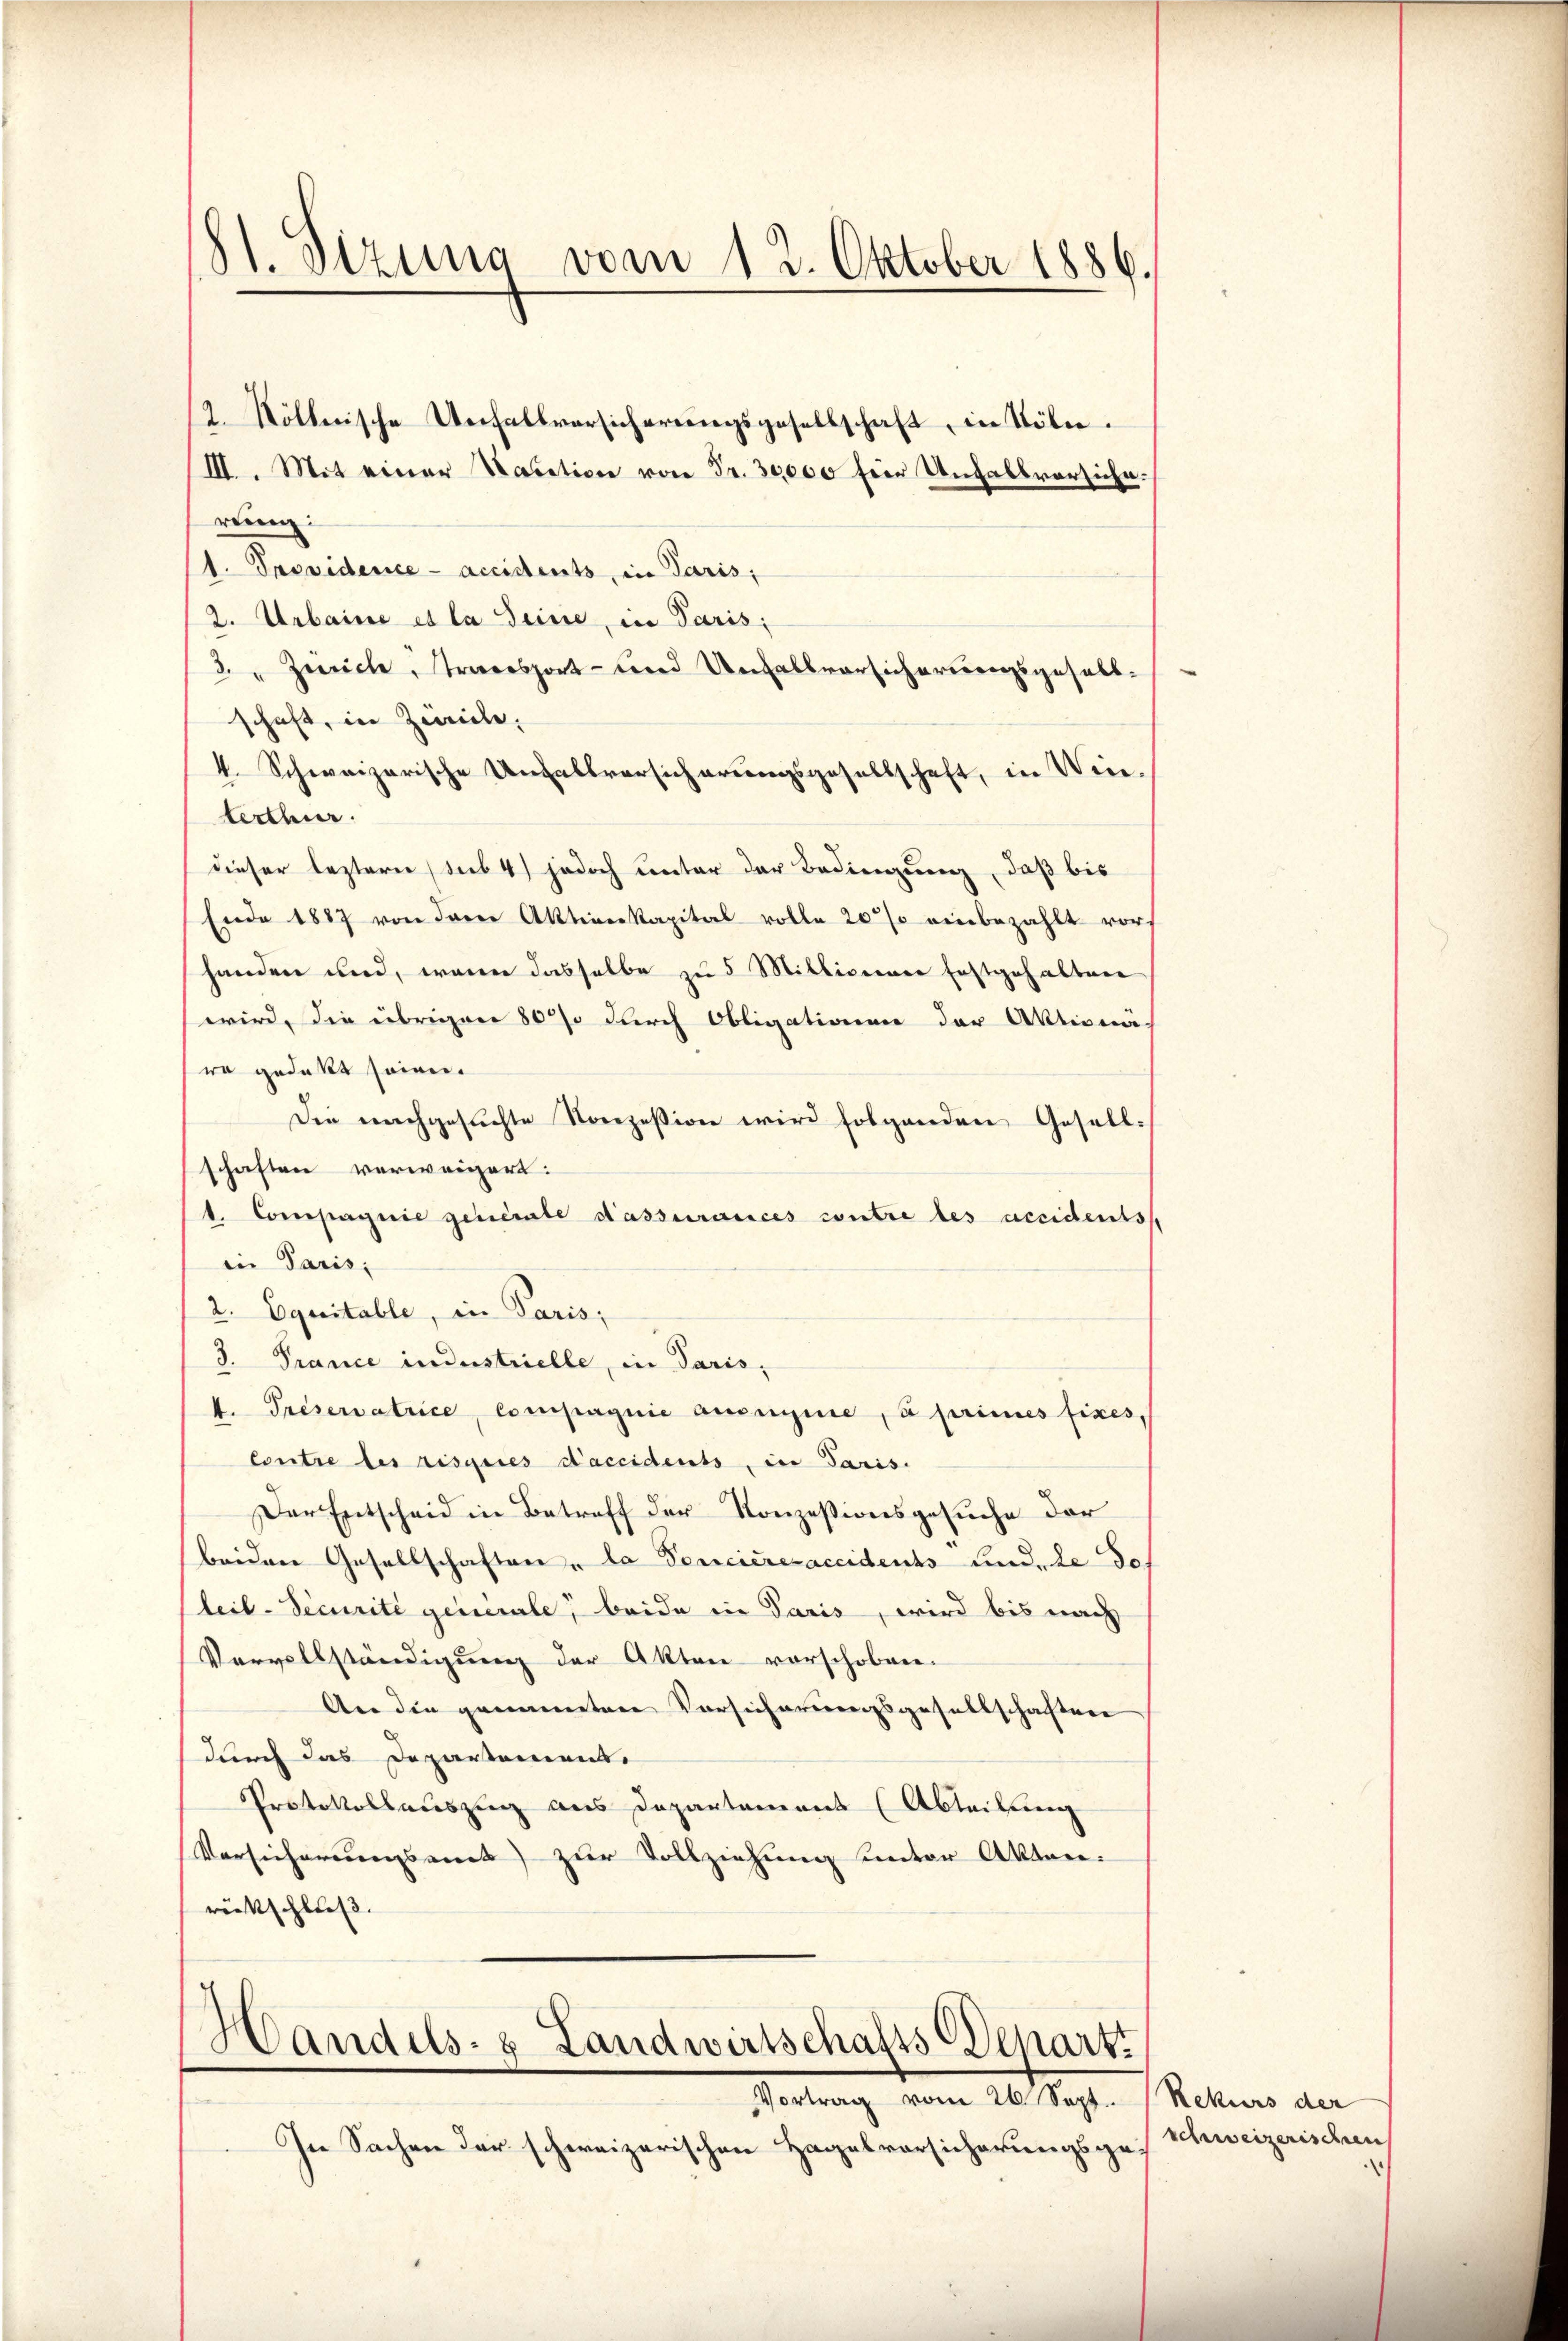
81. Sizung vom 12. Oktober 1886.

III. Mit einer Nation von Fr. 30,000 für Unfallversiche.
ren:
1. Providence - accidents, in Paris,
2. Urbaine es la Seine, in Paris;
3. " Zürche, Transport- und Unfallvorsicherungsgesellschaft, in Zivile,
4. Schweizerische Unfallversicherungsgesellschaft, in Win-
lerthur.
dieser leztere (sub. 4) jedoch unter der Bedingung, daß bis
Ende 1887 von derer Aktiverkapital volle 20 % einbezahlt vor,
handen und, wenn dasselbe zu 5 Milligener festgehalten
wird, die übrigen 800 durch Obligationen der Aktionä
ro gedeckt seien.
Die nachgesuchte Konzession wird folgenden Gesellschaften verweigert:
1. Compagnie generate dassurances contre les accidents
in Paris;
2. Equitable, in Paris;
3. France industrielle, in Paris,
k. Preservatrice, compagnie auseignie, à primes fixes,
Contre les risques Saccidents, in Paris.
Der Entscheid in Betreff der Konzessionsgesuche der
beiden Gesellschaften, da Percierevaccidents und, Le do
Leil-Securite generale, beide in Paris, wird bis nach
Vervollständigung der Akten vorschoben.
An die geometere Vorsicherungsgesellschaften
durch das Departement.
Protokollauszug aus Departament (Abteilung
Versicherungsamt zur Vollziehung unter Akten:
rückschluß.

/2. Söllnische Unfallversicherungsgesellschaft, in Köln.

Handels- Landwirtschafts Departi
Vortrag vom 26. Sept. Rekurs der

In Sachen der schweizerischen Hagelvorsicherungsge¬

schweizerischen
¬